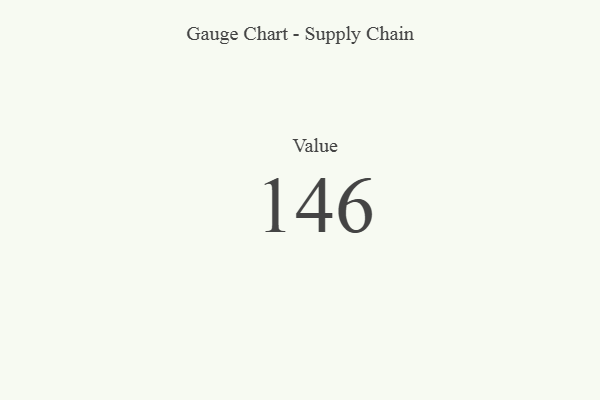
{"axis": {"x": "Metric", "y": "Value"}, "legend": [""], "data": [{"x": "Value", "y": 146, "type": ""}]}